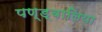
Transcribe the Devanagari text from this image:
पण्ड्वालिया